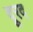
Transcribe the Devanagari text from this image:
दूरद